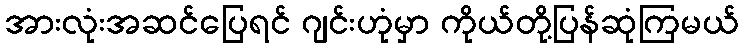
အားလုံးအဆင်ပြေရင် ဂျင်းဟုံမှာ ကိုယ်တို့ပြန်ဆုံကြမယ်